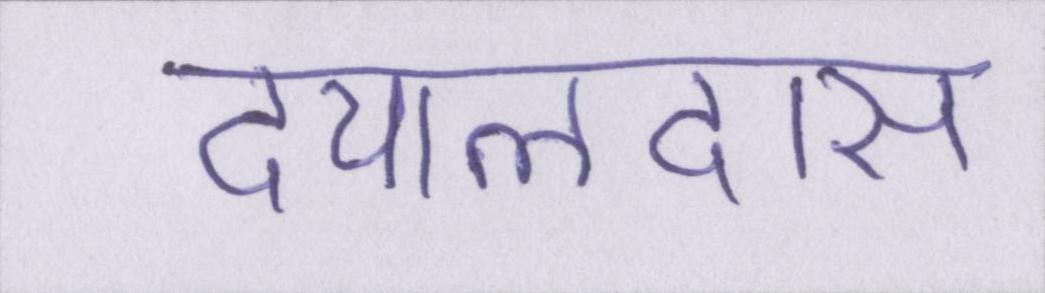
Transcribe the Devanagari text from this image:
दयालदास